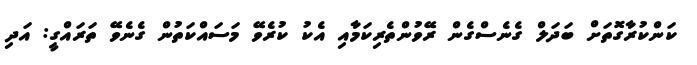
ކަންކުރާގޮތަށް ބަދަލް ގެނެސްގެން ރޭވުންތެރިކަމާއި އެކު ކުރެވޭ މަސައްކަތުން ގެނެވޭ ތަރައްގީ: އަދި